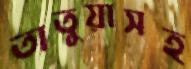
তাতুয়াসহ